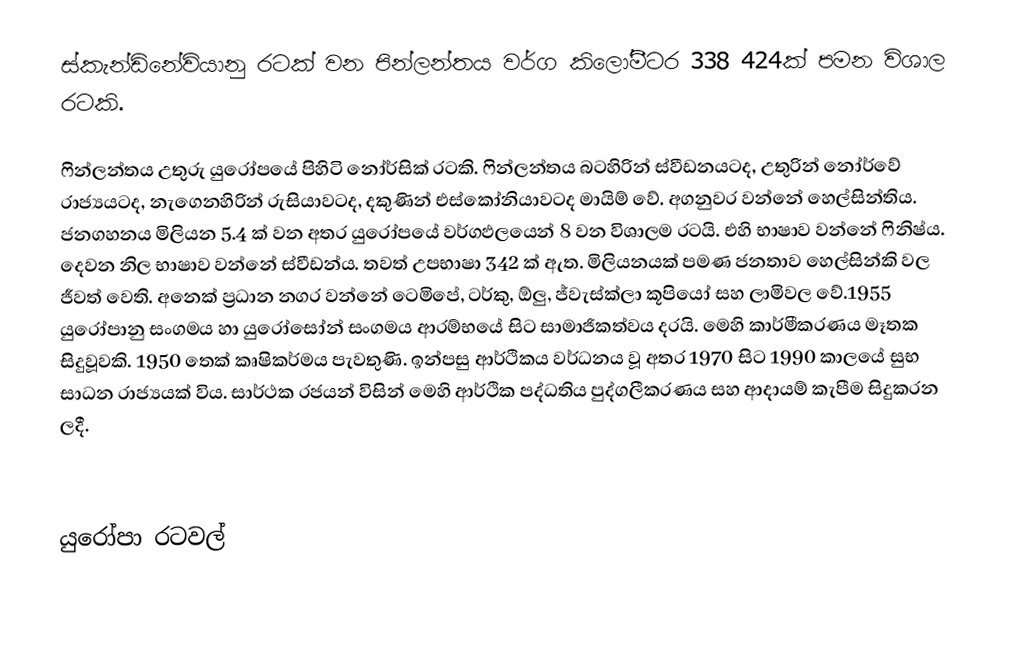
ස්කැන්ඩිනේවියානු රටක් වන පින්ලන්තය වර්ග කිලෝමීටර 338 424ක් පමන විශාල රටකි.

ෆින්ලන්තය උතුරු යුරෝපයේ පිහිටි නෝර්සික් රටකි. ෆින්ලන්තය බටහිරින් ස්වීඩනයටද, උතුරින් නෝර්වේ රාජ්‍යයටද, නැගෙනහිරින් රුසියාවටද, දකුණින් එස්කෝනියාවටද මායිම් වේ. අගනුවර වන්නේ හෙල්සින්තිය. ජනගහනය මිලියන 5.4 ක් වන අතර යුරෝපයේ වර්ගඵලයෙන් 8 වන විශාලම රටයි. එහි භාෂාව වන්නේ ෆිනිෂ්ය. දෙවන නිල භාෂාව වන්නේ ස්වීඩන්ය. තවත් උපභාෂා 342 ක් ඇත. මිලියනයක් පමණ ජනතාව හෙල්සින්කි වල ජීවත් වෙති. අනෙක් ප්‍රධාන නගර වන්නේ ටෙමිපේ, ටර්කු, ඕලු, ජ්වැස්ක්ලා කූපියෝ සහ ලාමිවල වේ.1955 යුරෝපානු සංගමය හා යුරෝ‍සෝන් සංගමය ආරම්භයේ සිට සාමාජිකත්වය දරයි. මෙහි කාර්මීකරණය මෑතක සිදුවූවකි. 1950 තෙක් කෘෂිකර්මය පැවතුණි. ඉන්පසු ආර්ථිකය වර්ධනය වූ අතර 1970 සිට 1990 කාලයේ සුභ සාධන රාජ්‍යයක් විය. සාර්ථක රජයන් විසින් මෙහි ආර්ථික පද්ධතිය පුද්ගලීකරණය සහ ආදායම් කැපීම සිදුකරන ලදී.

යුරෝපා රටවල්